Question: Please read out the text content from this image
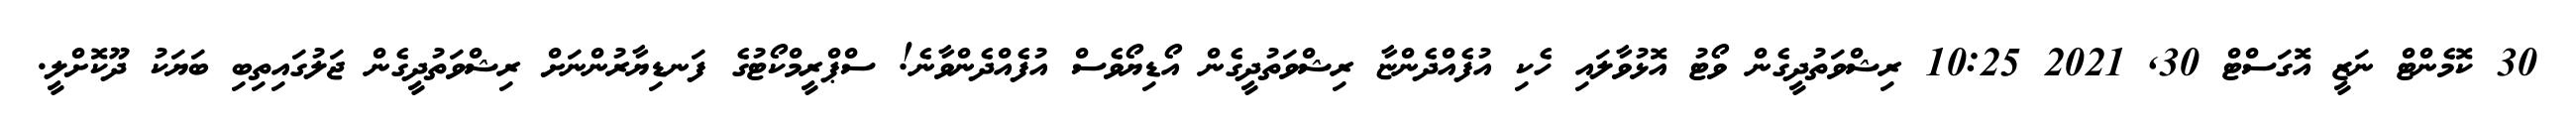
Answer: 30 ކޮމެންޓް ނަޒީ އޮގަސްޓް 30, 2021 10:25 ރިޝްވަތުދީގެން ވޯޓު އޮޅުވާލައި ހެކި އުފެއްދެންޏާ ރިޝްވަތުދީގެން އޯޑިޔޯވެސް އުފެއްދެންވާނެ! ސްޕްރީމްކޯޓުގެ ފަނޑިޔާރުންނަށް ރިޝްވަތުދީގެން ޖަލުގައިތިބި ބަޔަކު ދޫކޮށްލީ.